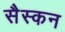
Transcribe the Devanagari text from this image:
सैस्कन